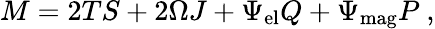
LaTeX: M=2TS+2\Omega J+\Psi_{\mathrm{el}}Q+\Psi_{\mathrm{mag}}P\ ,